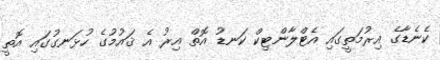
ކެނެޑާގެ އިރުމަތީގައި އެޓްލާންޓިކް ކަނޑު އޮތް އިރު އެ ޤައުުމުގެ ހުޅަނގުގައި އޮތީ